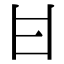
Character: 𤮺